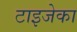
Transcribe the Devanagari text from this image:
टाइजेका